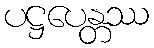
ပဋ္ဌပေန္တဿ